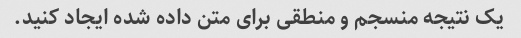
یک نتیجه منسجم و منطقی برای متن داده شده ایجاد کنید.